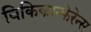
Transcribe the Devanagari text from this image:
विकिकान्फेरेन्स